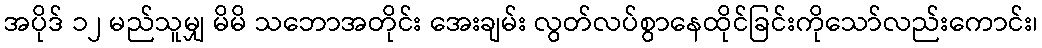
အပိုဒ် ၁၂ မည်သူမျှ မိမိ သဘောအတိုင်း အေးချမ်း လွတ်လပ်စွာနေထိုင်ခြင်းကိုသော်လည်းကောင်း၊